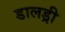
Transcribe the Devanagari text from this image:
डालड्री